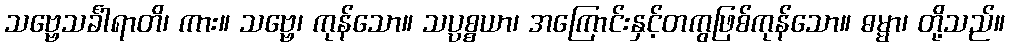
သဗ္ဗေသင်္ခါရာတိ၊ ကား။ သဗ္ဗေ၊ ကုန်သော။ သပ္ပစ္စယာ၊ အကြောင်းနှင့်တကွဖြစ်ကုန်သော။ ဓမ္မာ၊ တို့သည်။